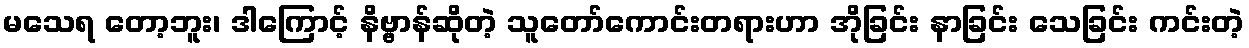
မသေရ တော့ဘူး၊ ဒါကြောင့် နိဗ္ဗာန်ဆိုတဲ့ သူတော်ကောင်းတရားဟာ အိုခြင်း နာခြင်း သေခြင်း ကင်းတဲ့